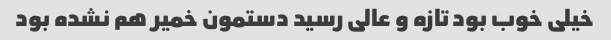
خیلی خوب بود تازه و عالی رسید دستمون خمیر هم نشده بود